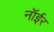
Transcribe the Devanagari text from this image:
नॉईर